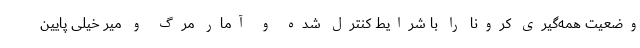
وضعیت همه‌گیری کرونا را با شرایط کنترل شده و آمار مرگ و میر خیلی پایین